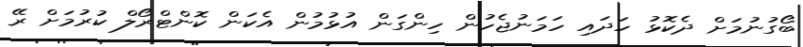
ބޯގުނުމަށް ދެކޮޅު ހަދައި ހަމަނުޖެހުން ހިންގަން އުޅުމުން އެކަން ކޮންޓްރޯލް ކުރުމަށް ރޭ